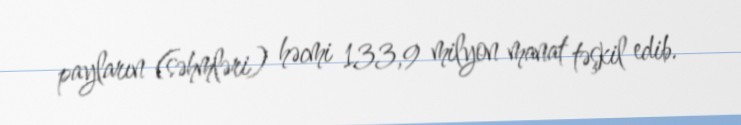
payların (səhmləri) həcmi 133,9 milyon manat təşkil edib.